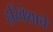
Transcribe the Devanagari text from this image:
हरिवंशाचे